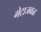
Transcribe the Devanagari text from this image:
गेटाजवळ